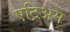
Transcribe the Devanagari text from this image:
एट्रिअम